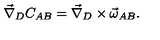
\vec { \nabla } _ { D } C _ { A B } = \vec { \nabla } _ { D } \times \vec { \omega } _ { A B } .